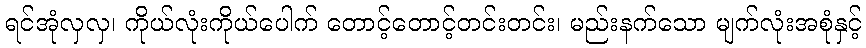
ရင်အုံလှလှ၊ ကိုယ်လုံးကိုယ်ပေါက် တောင့်တောင့်တင်းတင်း၊ မည်းနက်သော မျက်လုံးအစုံနှင့်